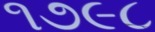
૧૭૯૮